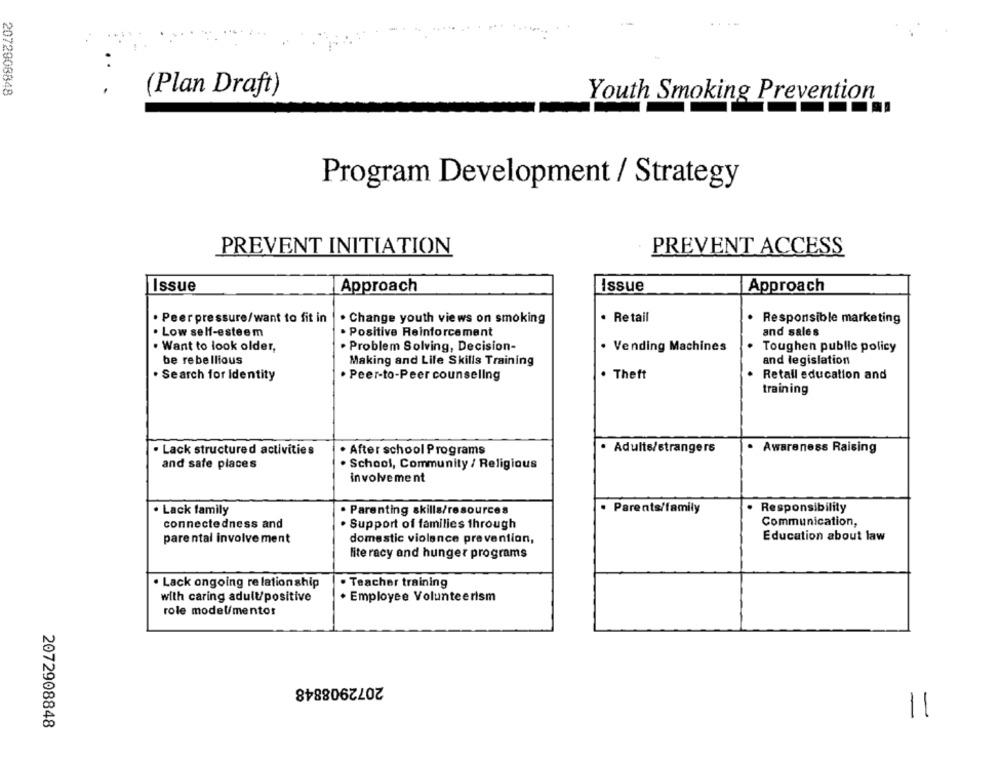
2072908848
(Plan Draft)
Youth Smoking Prevention
Program Development / Strategy
PREVENT INITIATION
PREVENT ACCESS
Issue
Approach
Issue
Approach
. Peerpressure/want to fit in
. Change youth views on smoking
· Retail
Responsible marketing
. Low self-esteem
· Positive Reinforcement
and sales
. Want to look older,
· Problem Solving, Decision-
. Vending Machines
. Toughen public policy
be rebellious
Making and Life Skills Training
and legislation
. Search for Identity
· Peer-to-Peer counseling
. Theft
Retall education and
training
· Adults/strangers
Awareness Raising
· Lack structured activities
. After school Programs
and safe places
· School, Community / Religious
involvement
. Lack family
Parenting skills/resources
· Parents/family
Responsibility
connectedness and
Support of families through
Communication,
parental involvement
domestic violence prevention,
Education about law
lite racy and hunger programs
. Lack ongoing re lation ship
. Teacher training
with caring adult/positive
· Employee Volunteerism
role model/mentor
2072908848
11
2072908848